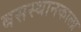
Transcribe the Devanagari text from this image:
बसस्थानकाला